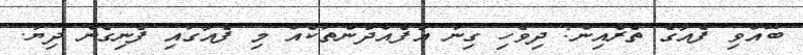
ބޭއްވި ފެއާގެ ތެރެއިން: ދިވެހި ގިނަ އުފެއްދުންތަކެއް މި ފެއާގައި ފެނިގެން ދިޔަ.